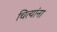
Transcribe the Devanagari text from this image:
चित्यांना